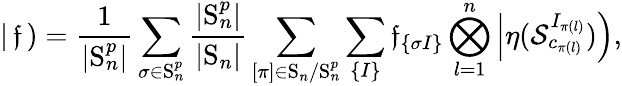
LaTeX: \left|\, \mathfrak{f}\, \right)=\frac{1}{|\mathrm{S}_{n}^{p}|}\sum_{\sigma\in\mathrm{S}_{n}^{p}}\frac{|\mathrm{S}_{n}^{p}|}{|\mathrm{S}_{n}|}\sum_{[{\pi}]\in\mathrm{S}_{n}/\mathrm{S}_{n}^{p}}\sum_{\left\lbrace I\right\rbrace}\mathfrak{f}_{\left\lbrace\sigma I\right\rbrace}\bigotimes_{l=1}^{n}\left|\eta(\mathcal{S}_{c_{{\pi(l)}}}^{I_{{\pi}(l)}})\right),